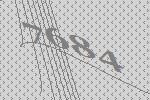
7684